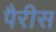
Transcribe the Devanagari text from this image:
पैरीस